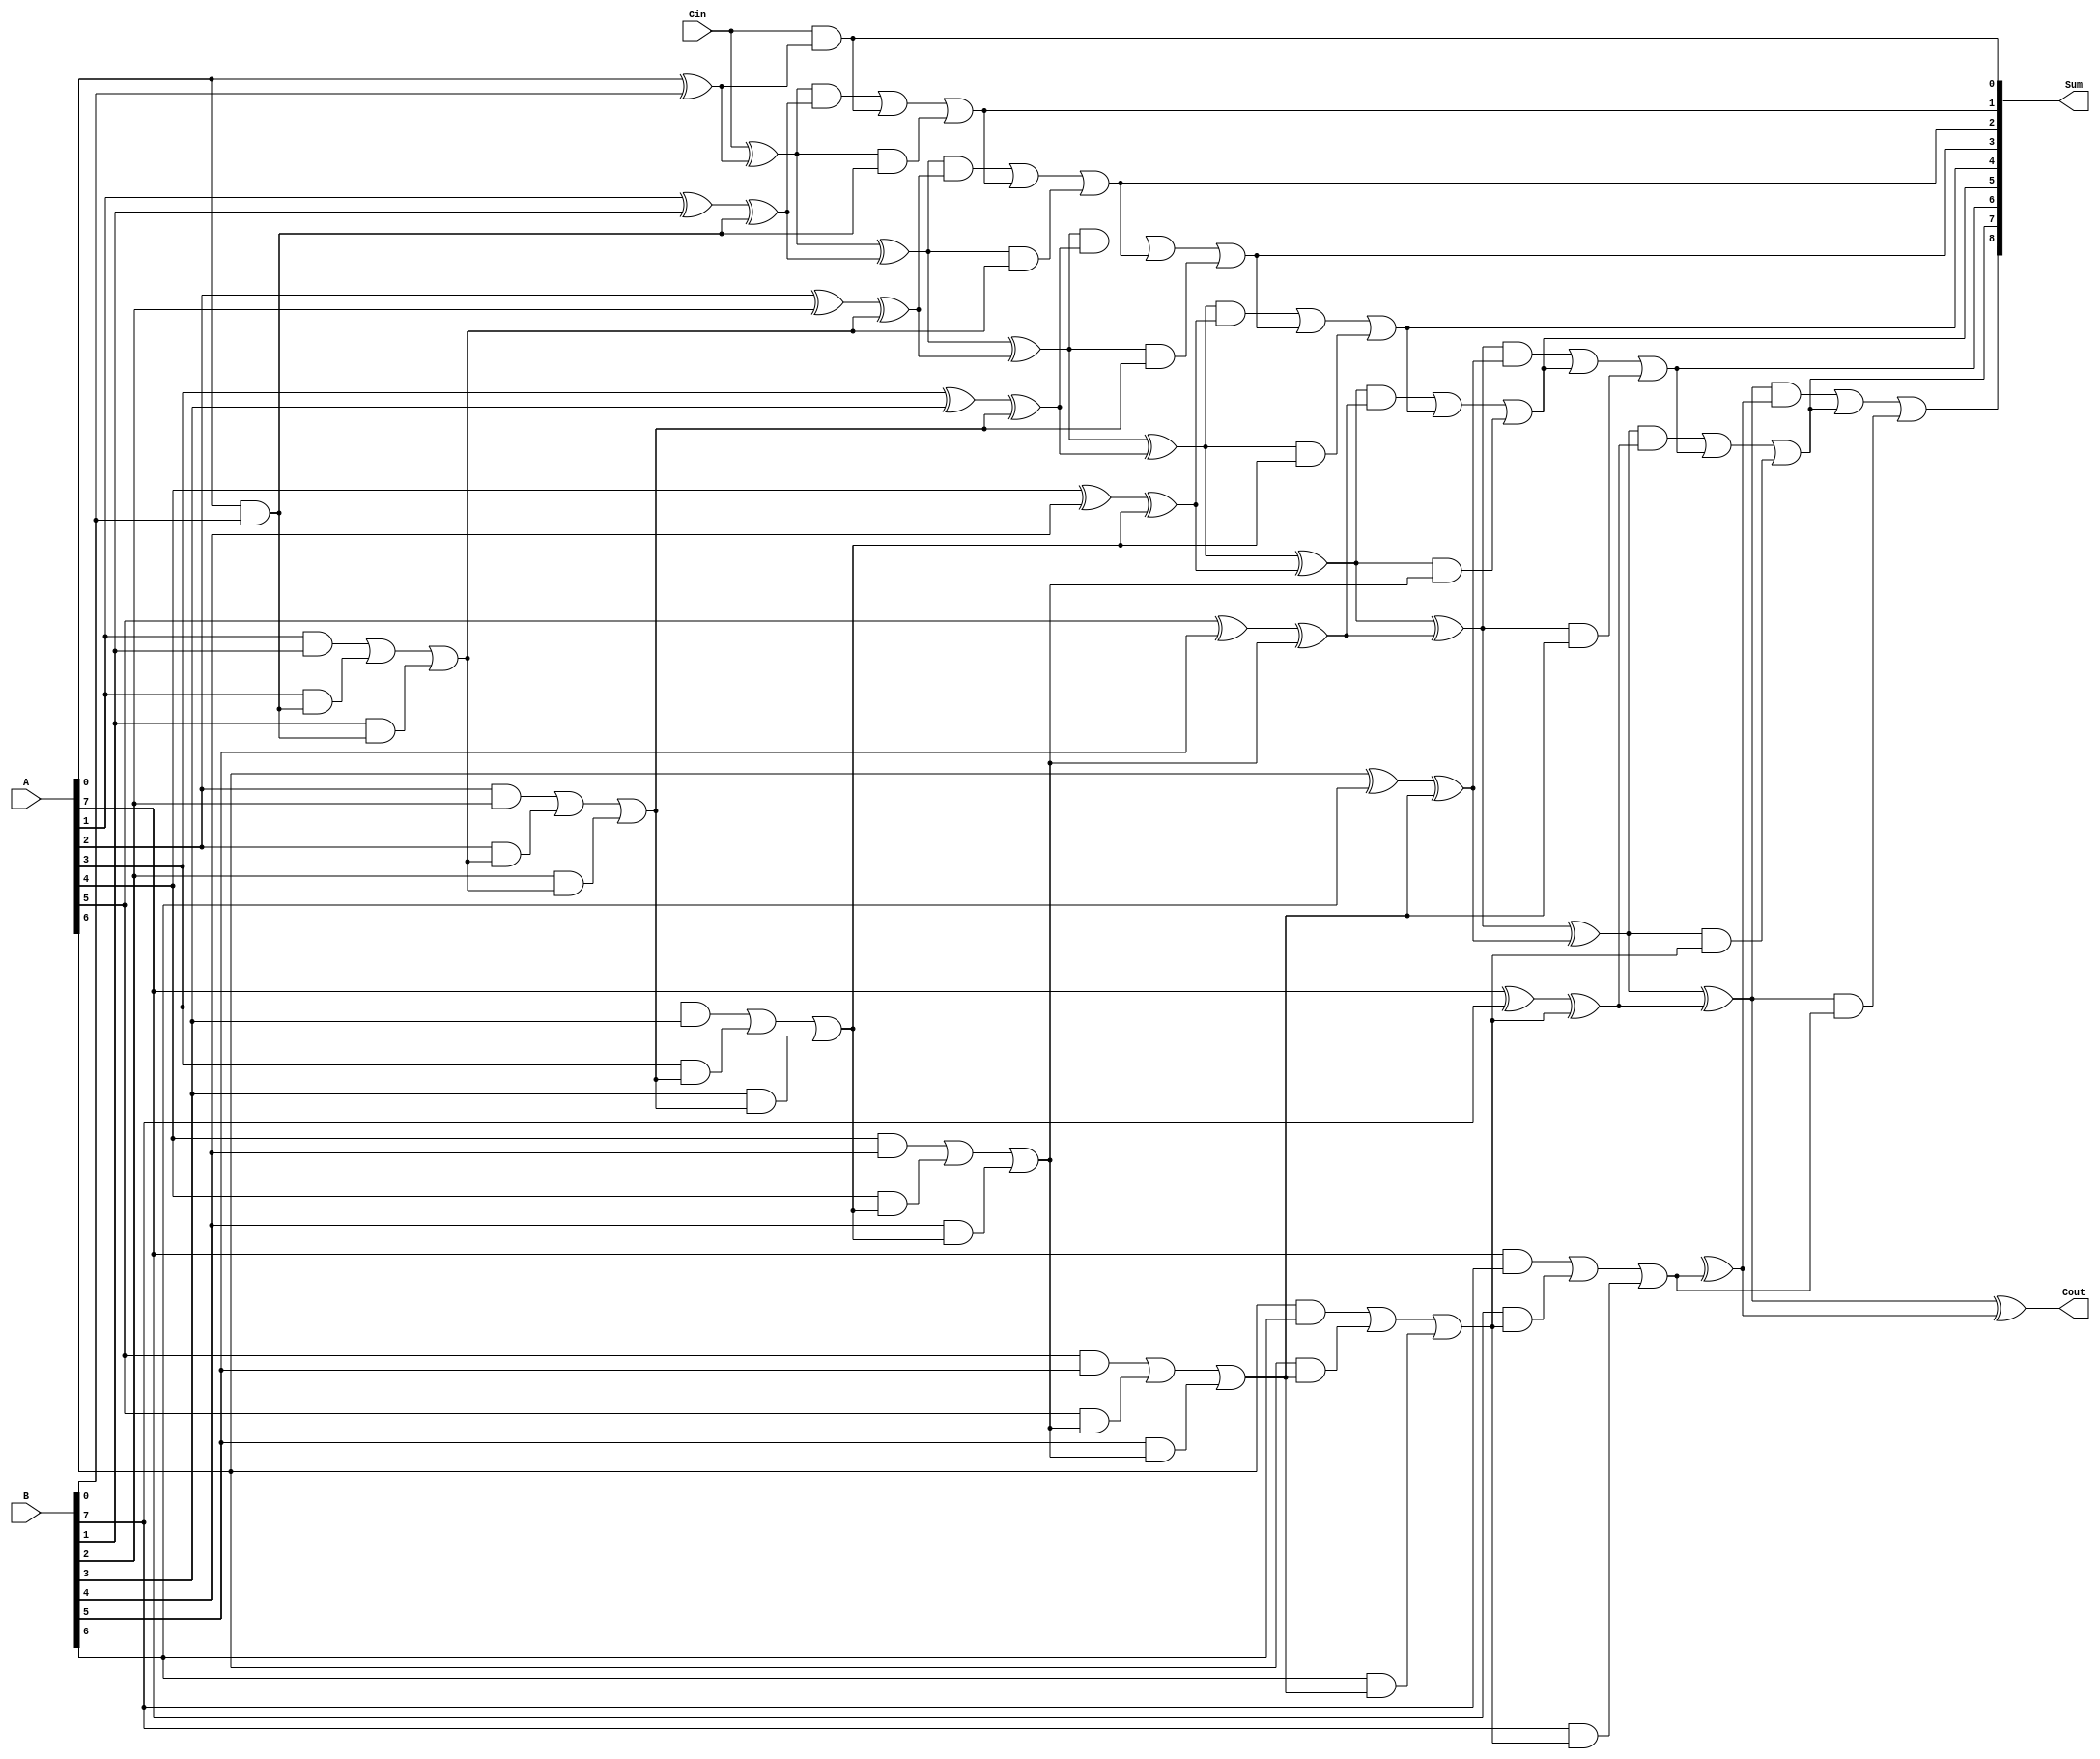
module carry_skip_adder (
    input [7:0] A,
    input [7:0] B,
    input Cin,
    output [8:0] Sum,
    output Cout
);

wire [8:0] X, Y, Z;
wire [8:0] P, G;

assign X[0] = A[0] ^ B[0];
assign G[0] = A[0] & B[0];
assign P[0] = A[0] | B[0];
assign Y[0] = Cin ^ X[0];
assign Z[0] = Cin & X[0];

genvar i;

generate
    for (i = 1; i < 8; i = i + 1) begin : gen_block
        assign X[i] = A[i] ^ B[i] ^ G[i-1];
        assign G[i] = (A[i] & B[i]) | (A[i] & G[i-1]) | (B[i] & G[i-1]);
        assign P[i] = A[i] | B[i] | G[i-1];
        assign Y[i] = Y[i-1] ^ X[i];
        assign Z[i] = (Y[i-1] & X[i]) | Z[i-1] | (Y[i-1] & G[i-1]);
    end
endgenerate

assign X[8] = A[8] ^ B[8] ^ G[7];
assign G[8] = (A[8] & B[8]) | (A[8] & G[7]) | (B[8] & G[7]);
assign P[8] = A[8] | B[8] | G[7];
assign Y[8] = Y[7] ^ X[8];
assign Z[8] = (Y[7] & X[8]) | Z[7] | (Y[7] & G[7]);

assign Sum = {Z[8], Z[7:0]};
assign Cout = Y[8];

endmodule